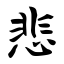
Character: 悲